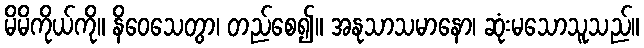
မိမိကိုယ်ကို။ နိဝေသေတွာ၊ တည်စေ၍။ အနုသာသမာနော၊ ဆုံးမသောသူသည်။